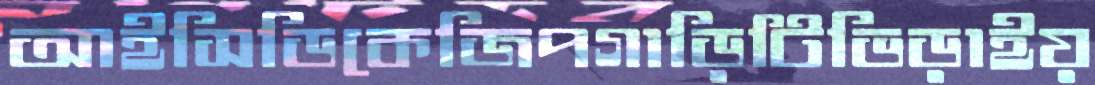
আইসিডিকেজিপগাড়িটিভিড়াইয়